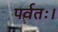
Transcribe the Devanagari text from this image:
पर्वतः।